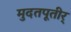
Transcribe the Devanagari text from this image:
मुदतपूतीर्